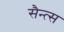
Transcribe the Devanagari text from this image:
सैन्त्स